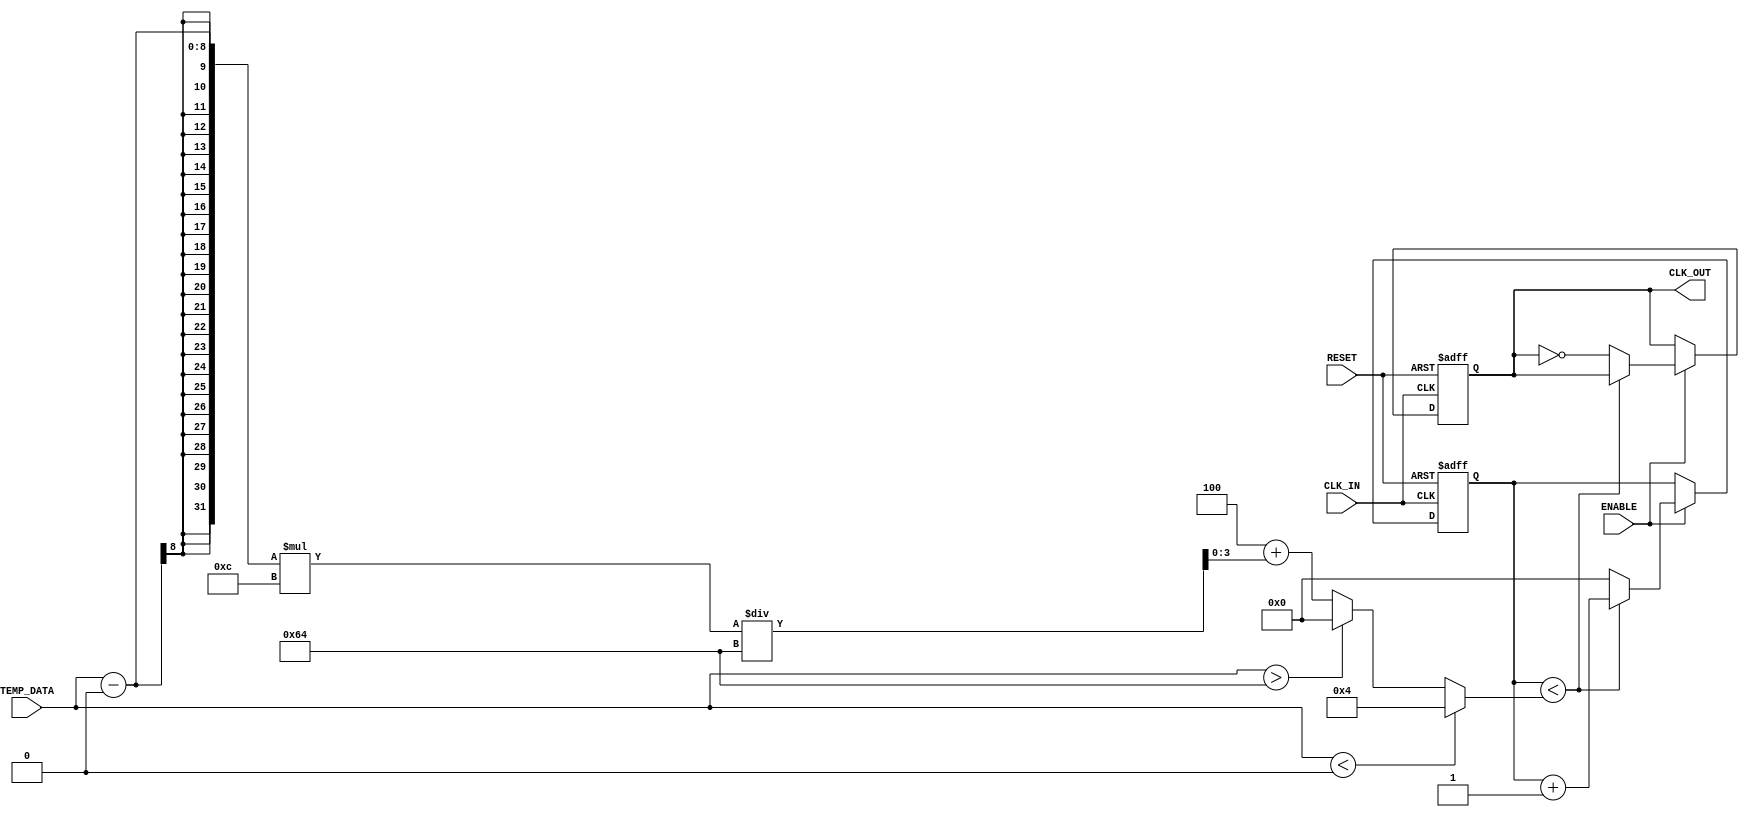
module TempCompClockBuffer (
    input wire CLK_IN,          // Input clock signal
    input wire [7:0] TEMP_DATA, // Temperature data from sensor (e.g., 8-bit ADC)
    output reg CLK_OUT,         // Buffered clock output
    input wire ENABLE,          // Enable signal for the buffer
    input wire RESET            // Reset signal
);

    // Parameters for temperature compensation
    parameter TEMP_MIN = 8'd0;   // Minimum temperature value (e.g., 0C)
    parameter TEMP_MAX = 8'd100;  // Maximum temperature value (e.g., 100C)
    parameter CLK_DIV_BASE = 4;   // Base clock division factor
    parameter CLK_DIV_MAX = 16;    // Maximum clock division factor

    reg [3:0] clk_div;            // Clock division factor
    reg [3:0] clk_counter;        // Clock counter for generating CLK_OUT

    // Temperature compensation logic
    always @(*) begin
        if (TEMP_DATA < TEMP_MIN) begin
            clk_div = CLK_DIV_BASE; // Use base division for low temperature
        end else if (TEMP_DATA > TEMP_MAX) begin
            clk_div = CLK_DIV_MAX;  // Use max division for high temperature
        end else begin
            // Linear mapping of temperature to clock division
            clk_div = CLK_DIV_BASE + ((TEMP_DATA - TEMP_MIN) * (CLK_DIV_MAX - CLK_DIV_BASE)) / (TEMP_MAX - TEMP_MIN);
        end
    end

    // Clock buffer operation
    always @(posedge CLK_IN or posedge RESET) begin
        if (RESET) begin
            CLK_OUT <= 1'b0;         // Reset output clock
            clk_counter <= 4'b0;     // Reset counter
        end else if (ENABLE) begin
            if (clk_counter < clk_div) begin
                clk_counter <= clk_counter + 1'b1; // Increment counter
            end else begin
                CLK_OUT <= ~CLK_OUT;  // Toggle output clock
                clk_counter <= 4'b0;   // Reset counter
            end
        end
    end

endmodule